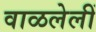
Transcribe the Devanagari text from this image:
वाळलेलीं